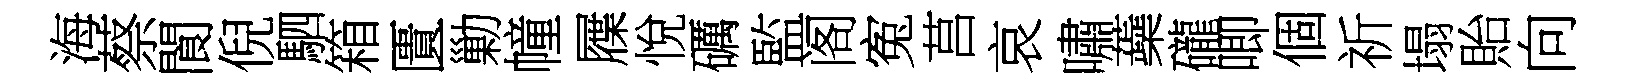
海蔡閬倪駟箱匱勦幢屧悅礪監阁寃莒哀嘯蘃礲唧個祈塌貽向